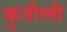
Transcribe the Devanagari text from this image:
कुनौली